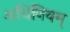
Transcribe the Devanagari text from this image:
अधिनियम्